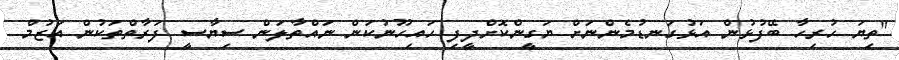
"ތިޔަ ހުރިހާ ބޭފުޅުން އަޅުގަނޑުމެންނަށް ޔަގީންކޮށްދީފި ހައިހޫނުކަން ނައްތާލަން ސިޔާސީ ފަރާތްތަކުން އަޒުމް